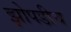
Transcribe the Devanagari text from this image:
झोपडीच